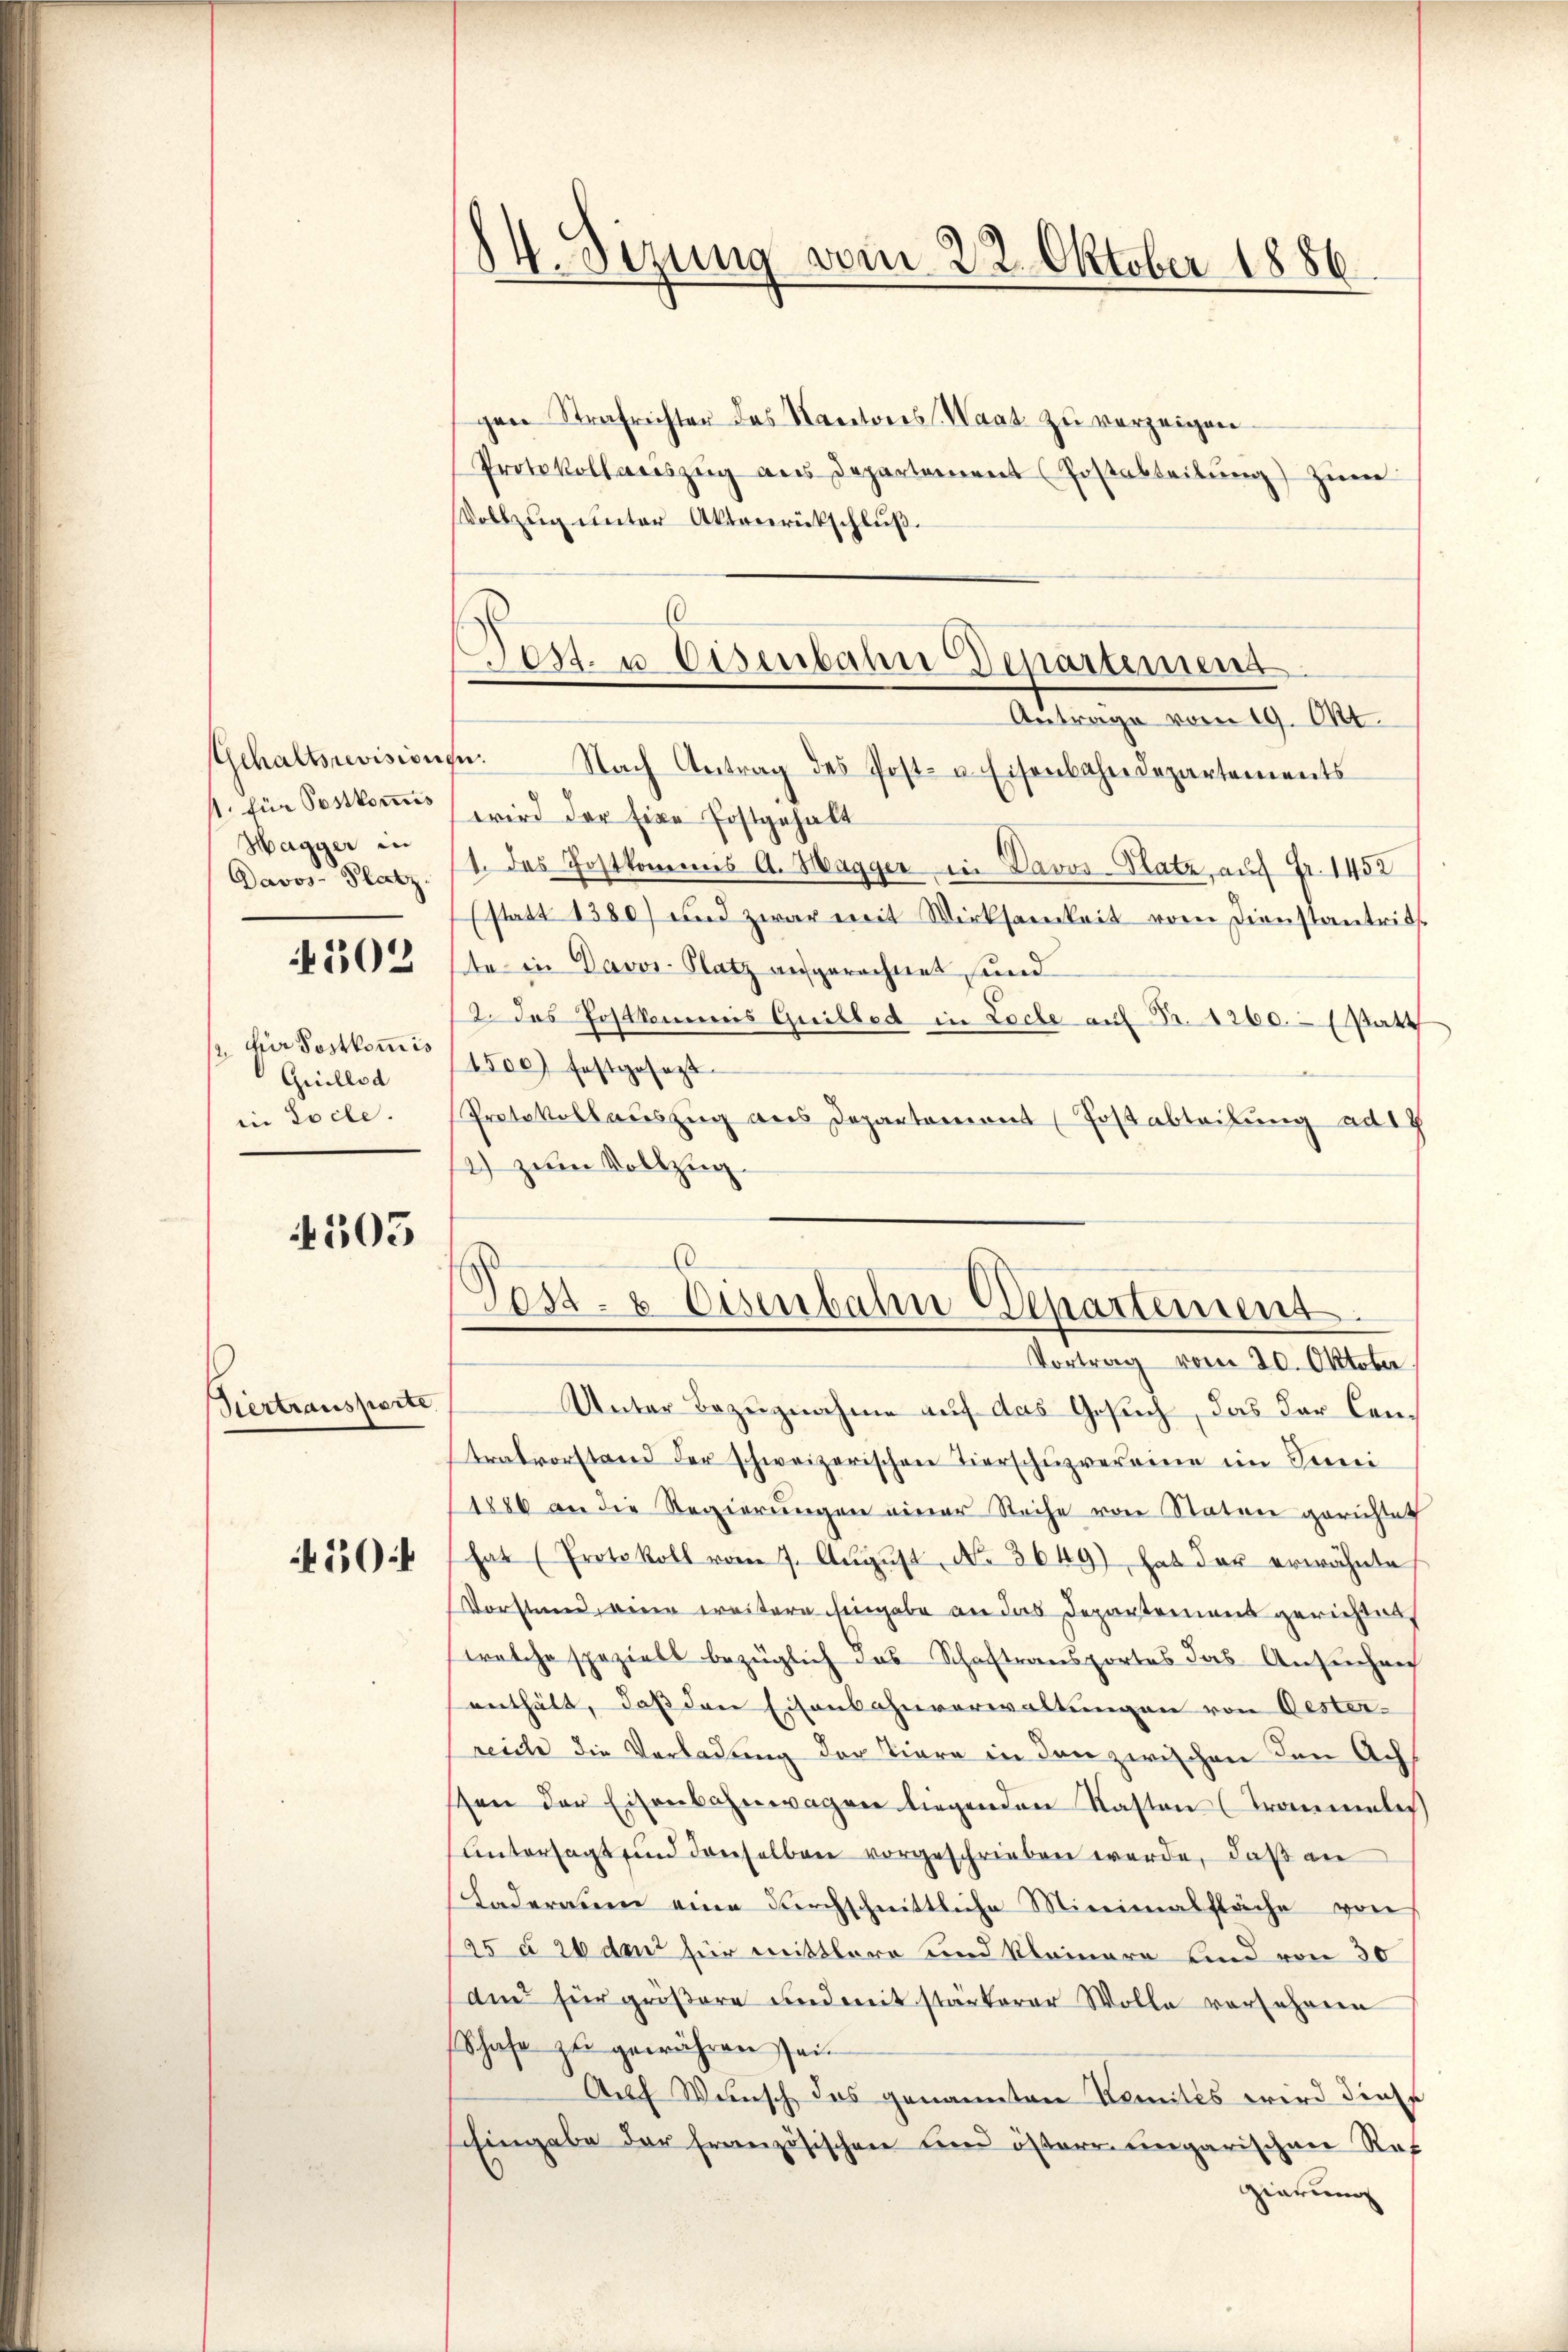
1. für Postkommis
Hagger in
Davos- Platz.
4502
2. für Postkommis
Guillod
in Loche.

4505

Hertransporte

450

V. Sizung vom 22. Oktober 1886.

gen Strafrichter das Kantons-Waat zŭ verzeigen
Protokollaneszŭg ans Departement (Postabteilŭng zum
Vollzug unter Aktenrückschluß.
Antrage vom 19. Okt.
Gehaltsrevisionen. Nach Antrag des Post- u. Eisenbahndepartements
wird der Eine Postgehalt
1. das Postkommis A. Hagger in Davos-Platz, auf Fr. 1452
(statt 1380) und zwar mit Wirksamkeit vom Dienstantrit
te in Davos- Platz aufgerechnet sind
2. Das Postkommis Quilbed in Loche auf Fr. 1260.- (Patt
1500 festgesezt
Protokollauszug aus Departement (Postabteilung ad 17
12) zum Vollzug.
Post- & Eisenbahn Departement.
Vortrag vom 20. Oktober
Unter Bezugnahme auf das Gesuch, das der Centralvorstand der schweizerischen Tierschuzvereine im Juni
1886 an die Regierungen einer Reihe von Statur gerichtet
hat (Protokoll vom 7. Aŭgŭst No. 3649) hat der erwähnte
Vorstand, eine weitere Eingabe an das Departement gerichtet
welche speziell bezüglich das Schaftransportes das Ansuchen
enthält, daß den Eisenbahnverwaltungen von Oester-
reiche die Verladung der Tiere in den zwischen den Achsten der Eisenbahnwagen liegenden Kasten-Traumelis
Untersagt sind denselben vorgeschrieben werde, daß an
Laderaum eine durchschnittliche Minimalfläche von
as § 26 de für mittlere und kleinere und von 30
am für größere und mit stärkerer Wolle vorfahren
Schafe zu gewähren sei.
Auf Wunsch das genannten Komités wird diese
shingabe der französischen und österr ungarischen Raf
zierung

60
Pest. u. Eisenbahn Departement